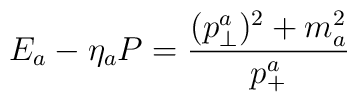
E_a -\eta_a P= {(p_\perp^a)^2 +m_a^2\over p_+^a}